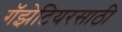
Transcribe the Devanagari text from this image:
गॅझेटियरसाठी